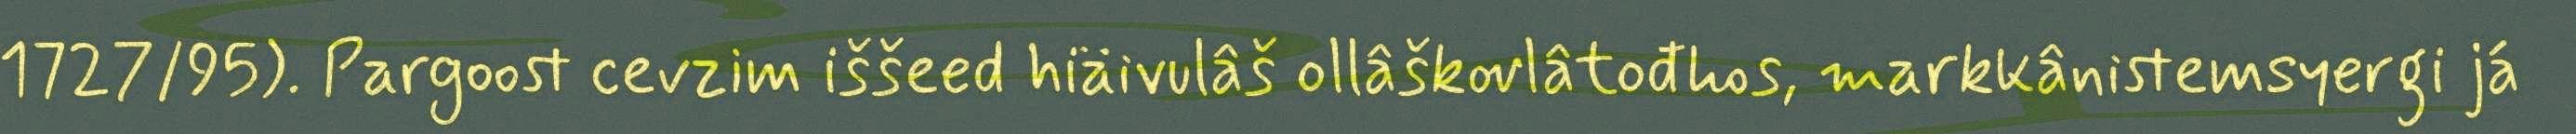
1727/95). Pargoost cevzim iššeed hiäivulâš ollâškovlâtođhos, markkânistemsyergi já